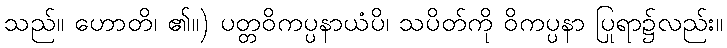
သည်။ ဟောတိ၊ ၏။) ပတ္တဝိကပ္ပနာယံပိ၊ သပိတ်ကို ဝိကပ္ပနာ ပြုရာ၌လည်း။